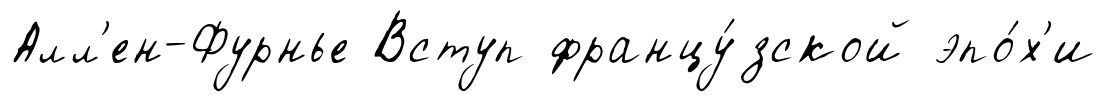
Алл'ен-Фурнье Вступ францу́зской эпо́х'и